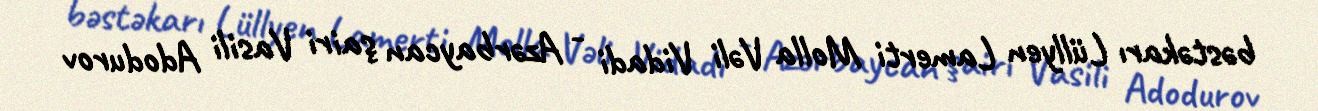
bəstəkarı Lüllyen Lamerti Molla Vəli Vidadi - Azərbaycan şairi Vasili Adodurov